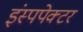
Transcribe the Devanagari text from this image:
इंस्पपेक्टर